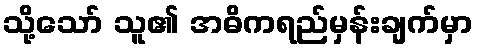
သို့သော် သူ၏ အဓိကရည်မှန်းချက်မှာ